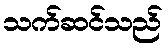
သက်ဆင်သည်